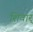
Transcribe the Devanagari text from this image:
शिवार्